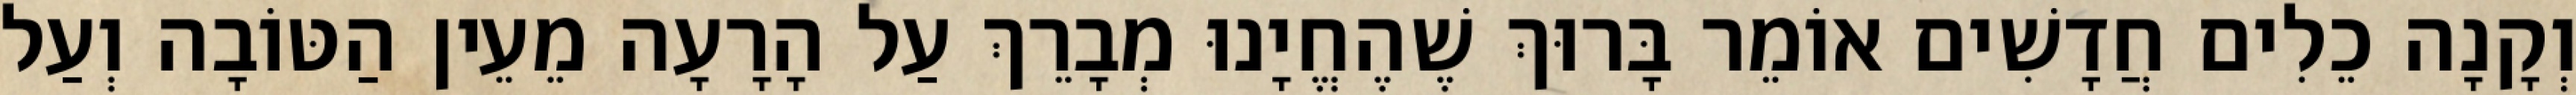
וְקָנָה כֵלִים חֲדָשִׁים אוֹמֵר בָּרוּךְ שֶׁהֶחֱיָנוּ מְבָרֵךְ עַל הָרָעָה מֵעֵין הַטּוֹבָה וְעַל